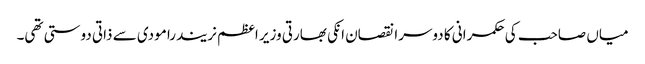
میاں صاحب کی حکمرانی کا دوسرا نقصان انکی بھارتی وزیر اعظم نریندرا مودی سے ذاتی دوستی تھی۔